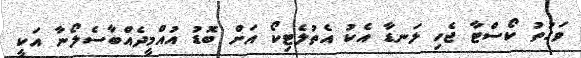
ވަގުތު ކޯސްޓާ ޖެހި ލަނޑާ އެކު އެތުލެޓިކޯ އަށް ބޮޑު އުއްމީދެއްބާސެލޯނާ އަކީ